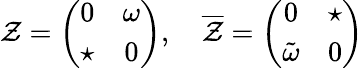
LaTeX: \mathcal{Z}=\left(\begin{array}{cc}{{0}}&{{\omega}}\\ {{\star}}&{{0}}\end{array}\right),\quad{\overline{{{\mathcal{Z}}}}}=\left(\begin{array}{cc}{{0}}&{{\star}}\\ {{{\tilde{\omega}}}}&{{0}}\end{array}\right)